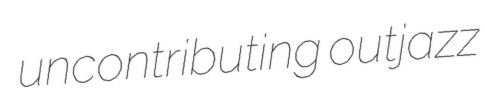
uncontributing outjazz